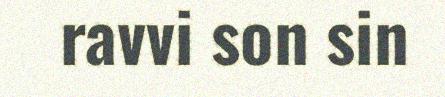
ravvi son sin